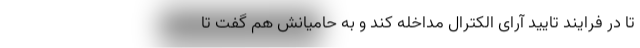
تا در فرایند تایید آرای الکترال مداخله کند و به حامیانش هم گفت تا